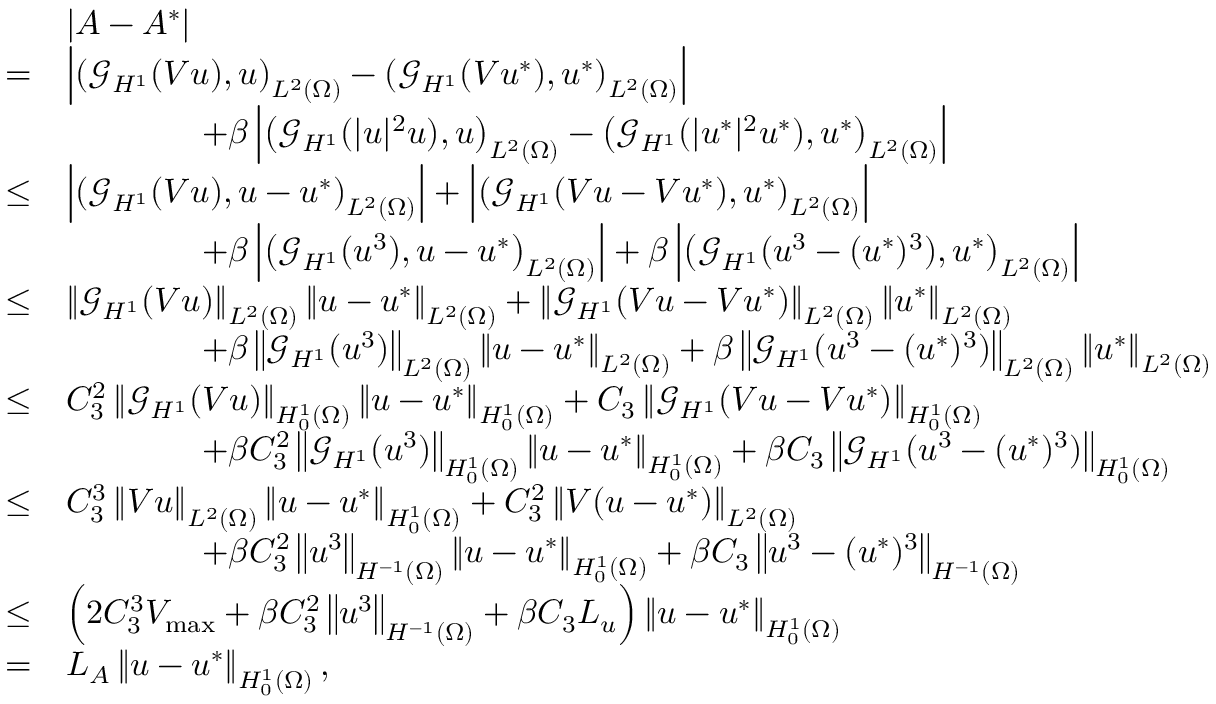
\begin{array} { r l } & { | A - A ^ { * } | } \\ { = } & { \left| \left( \mathcal { G } _ { H ^ { 1 } } ( V u ) , u \right) _ { L ^ { 2 } ( \Omega ) } - \left( \mathcal { G } _ { H ^ { 1 } } ( V u ^ { * } ) , u ^ { * } \right) _ { L ^ { 2 } ( \Omega ) } \right| } \\ & { \qquad \qquad + \beta \left| \left( \mathcal { G } _ { H ^ { 1 } } ( | u | ^ { 2 } u ) , u \right) _ { L ^ { 2 } ( \Omega ) } - \left( \mathcal { G } _ { H ^ { 1 } } ( | u ^ { * } | ^ { 2 } u ^ { * } ) , u ^ { * } \right) _ { L ^ { 2 } ( \Omega ) } \right| } \\ { \leq } & { \left| \left( \mathcal { G } _ { H ^ { 1 } } ( V u ) , u - u ^ { * } \right) _ { L ^ { 2 } ( \Omega ) } \right| + \left| \left( \mathcal { G } _ { H ^ { 1 } } ( V u - V u ^ { * } ) , u ^ { * } \right) _ { L ^ { 2 } ( \Omega ) } \right| } \\ & { \qquad \qquad + \beta \left| \left( \mathcal { G } _ { H ^ { 1 } } ( u ^ { 3 } ) , u - u ^ { * } \right) _ { L ^ { 2 } ( \Omega ) } \right| + \beta \left| \left( \mathcal { G } _ { H ^ { 1 } } ( u ^ { 3 } - ( u ^ { * } ) ^ { 3 } ) , u ^ { * } \right) _ { L ^ { 2 } ( \Omega ) } \right| } \\ { \leq } & { \left\Vert \mathcal { G } _ { H ^ { 1 } } ( V u ) \right\Vert _ { L ^ { 2 } ( \Omega ) } \left\Vert u - u ^ { * } \right\Vert _ { L ^ { 2 } ( \Omega ) } + \left\Vert \mathcal { G } _ { H ^ { 1 } } ( V u - V u ^ { * } ) \right\Vert _ { L ^ { 2 } ( \Omega ) } \left\Vert u ^ { * } \right\Vert _ { L ^ { 2 } ( \Omega ) } } \\ & { \qquad \qquad + \beta \left\Vert \mathcal { G } _ { H ^ { 1 } } ( u ^ { 3 } ) \right\Vert _ { L ^ { 2 } ( \Omega ) } \left\Vert u - u ^ { * } \right\Vert _ { L ^ { 2 } ( \Omega ) } + \beta \left\Vert \mathcal { G } _ { H ^ { 1 } } ( u ^ { 3 } - ( u ^ { * } ) ^ { 3 } ) \right\Vert _ { L ^ { 2 } ( \Omega ) } \left\Vert u ^ { * } \right\Vert _ { L ^ { 2 } ( \Omega ) } } \\ { \leq } & { C _ { 3 } ^ { 2 } \left\Vert \mathcal { G } _ { H ^ { 1 } } ( V u ) \right\Vert _ { H _ { 0 } ^ { 1 } ( \Omega ) } \left\Vert u - u ^ { * } \right\Vert _ { H _ { 0 } ^ { 1 } ( \Omega ) } + C _ { 3 } \left\Vert \mathcal { G } _ { H ^ { 1 } } ( V u - V u ^ { * } ) \right\Vert _ { H _ { 0 } ^ { 1 } ( \Omega ) } } \\ & { \qquad \qquad + \beta C _ { 3 } ^ { 2 } \left\Vert \mathcal { G } _ { H ^ { 1 } } ( u ^ { 3 } ) \right\Vert _ { H _ { 0 } ^ { 1 } ( \Omega ) } \left\Vert u - u ^ { * } \right\Vert _ { H _ { 0 } ^ { 1 } ( \Omega ) } + \beta C _ { 3 } \left\Vert \mathcal { G } _ { H ^ { 1 } } ( u ^ { 3 } - ( u ^ { * } ) ^ { 3 } ) \right\Vert _ { H _ { 0 } ^ { 1 } ( \Omega ) } } \\ { \leq } & { C _ { 3 } ^ { 3 } \left\Vert V u \right\Vert _ { L ^ { 2 } ( \Omega ) } \left\Vert u - u ^ { * } \right\Vert _ { H _ { 0 } ^ { 1 } ( \Omega ) } + C _ { 3 } ^ { 2 } \left\Vert V ( u - u ^ { * } ) \right\Vert _ { L ^ { 2 } ( \Omega ) } } \\ & { \qquad \qquad + \beta C _ { 3 } ^ { 2 } \left\Vert u ^ { 3 } \right\Vert _ { H ^ { - 1 } ( \Omega ) } \left\Vert u - u ^ { * } \right\Vert _ { H _ { 0 } ^ { 1 } ( \Omega ) } + \beta C _ { 3 } \left\Vert u ^ { 3 } - ( u ^ { * } ) ^ { 3 } \right\Vert _ { H ^ { - 1 } ( \Omega ) } } \\ { \leq } & { \left( 2 C _ { 3 } ^ { 3 } V _ { \operatorname* { m a x } } + \beta C _ { 3 } ^ { 2 } \left\Vert u ^ { 3 } \right\Vert _ { H ^ { - 1 } ( \Omega ) } + \beta C _ { 3 } L _ { u } \right) \left\Vert u - u ^ { * } \right\Vert _ { H _ { 0 } ^ { 1 } ( \Omega ) } } \\ { = } & { L _ { A } \left\Vert u - u ^ { * } \right\Vert _ { H _ { 0 } ^ { 1 } ( \Omega ) } , } \end{array}